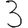
Digit: 3